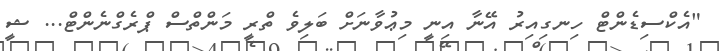
"އެކްސިޑެންޓް ހިނގިއިރު އޭނާ އިނީ މިޢުވާނަށް ބަލިވެ ތްރީ މަންތްސް ޕްރެގްނެންޓް... ޝީ